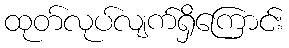
ထုတ်လုပ်လျက်ရှိကြောင်း